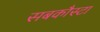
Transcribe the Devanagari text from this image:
सबकौस्टा